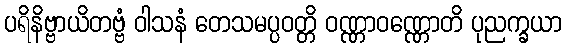
ပရိနိဗ္ဗာယိတဗ္ဗံ ဝါသနံ တေသမပ္ပဝတ္တိ ဝဏ္ဏာဝဏ္ဏောတိ ပုညက္ခယာ